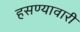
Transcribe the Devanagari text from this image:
हसण्यावारी